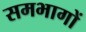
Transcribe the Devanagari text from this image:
समभागों